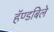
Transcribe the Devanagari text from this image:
हॅण्डबिले